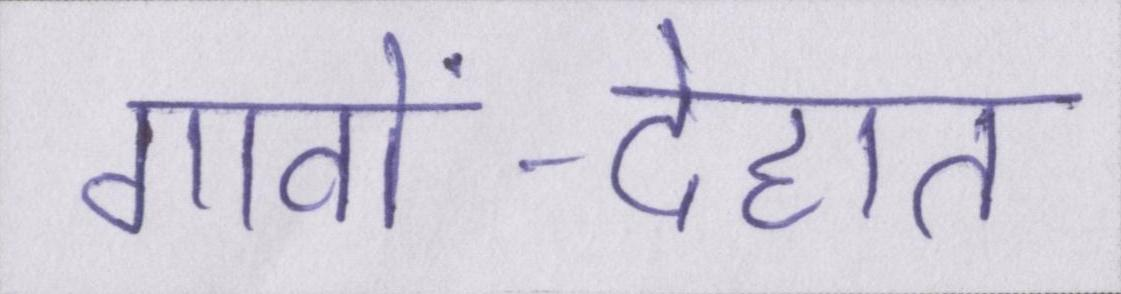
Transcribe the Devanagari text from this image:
गावों-देहात